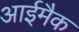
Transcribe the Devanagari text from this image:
आईमैक